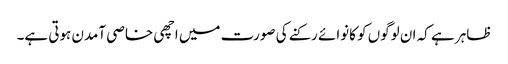
ظاہر ہے کہ ان لوگوں کو کانوائے رکنے کی صورت میں اچھی خاصی آمدن ہوتی ہے۔